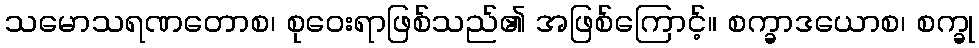
သမောသရဏတောစ၊ စုဝေးရာဖြစ်သည်၏ အဖြစ်ကြောင့်။ စက္ခာဒယောစ၊ စက္ခု